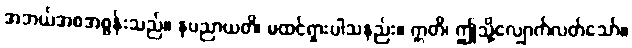
အဘယ်အစအစွန်းသည်။ နပညာယတိ၊ မထင်ရှားပါသနည်း။ ဣတိ၊ ဤသို့လျှောက်လတ်သော်။